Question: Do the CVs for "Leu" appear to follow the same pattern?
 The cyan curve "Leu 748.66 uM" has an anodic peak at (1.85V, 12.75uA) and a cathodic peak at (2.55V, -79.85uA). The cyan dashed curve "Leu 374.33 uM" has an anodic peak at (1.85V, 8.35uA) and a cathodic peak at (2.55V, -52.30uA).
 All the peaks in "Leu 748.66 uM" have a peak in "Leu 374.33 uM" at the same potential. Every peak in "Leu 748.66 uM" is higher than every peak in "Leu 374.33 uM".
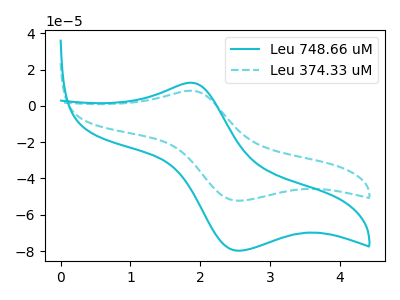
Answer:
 <answer>All the CV's of "Leu" have similar shape.</answer>
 <eval>follow_rule</eval>